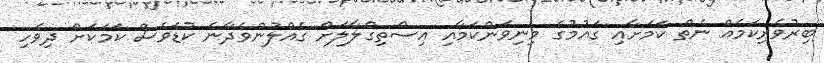
ބިރުވެރިކަމެއް ނެތް ކަމަށާއި ގައުމުގެ މިނިވަންކަމާއި އިސްތިގްލާލަށް ގެއްލުންވެދާނެ ކުޑަވެސް ކަމަކަށް ދިވެހި